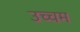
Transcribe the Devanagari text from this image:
उच्चम